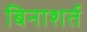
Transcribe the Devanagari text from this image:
बिनाशर्त